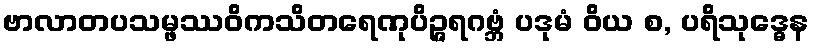
ဗာလာတပသမ္ဖဿဝိကသိတရေဏုပိဉ္ဇရဂဗ္ဘံ ပဒုမံ ဝိယ စ, ပရိသုဒ္ဓေန